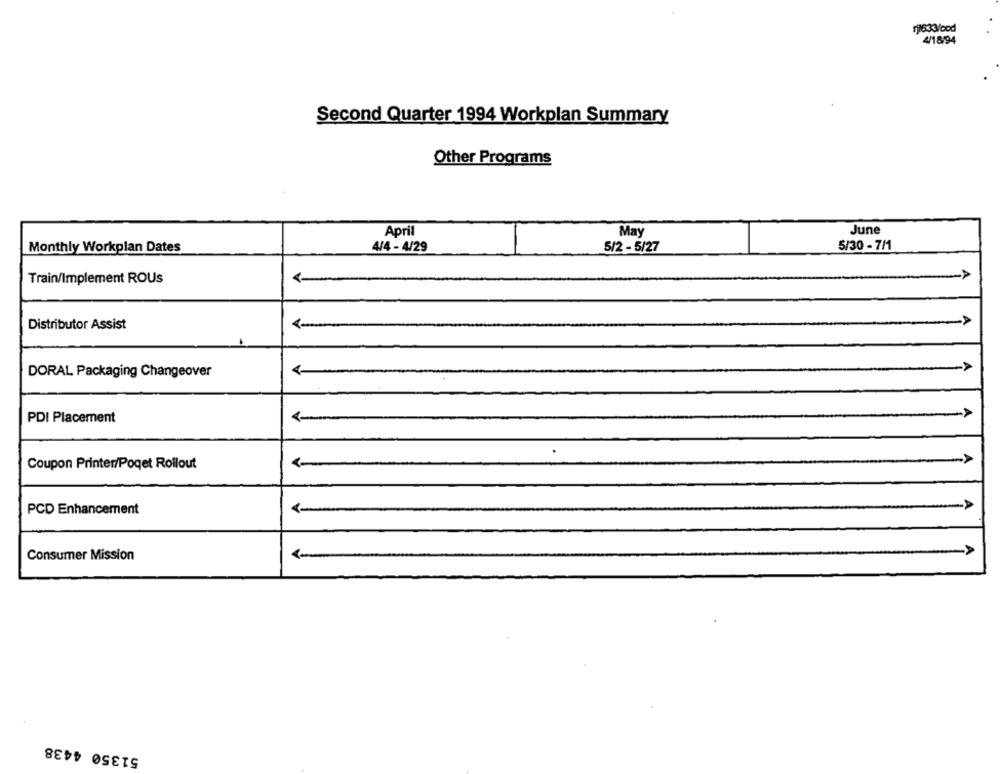
11633/bod
4/18/94
Second Quarter 1994 Workplan Summary
Other Programs
April
May
June
Monthly Workplan Dates
4/4 - 4/29
5/2 - 5/27
5/30 - 7/1
Train/Implement ROUs
Distributor Assist
4-
DORAL Packaging Changeover
A
PDI Placement
Coupon Printer/Poqet Rollout
PCD Enhancement
Consumer Mission
51350 4438